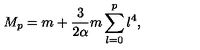
M _ { p } = m + \frac { 3 } { 2 \alpha } m \sum _ { l = 0 } ^ { p } l ^ { 4 } ,